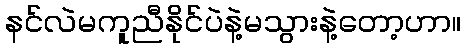
နင်လဲမကူညီနိုင်ပဲနဲ့မသွားနဲ့တော့ဟာ။